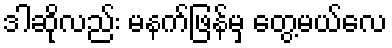
ဒါဆိုလည်း မနက်ဖြန်မှ တွေ့မယ်လေ